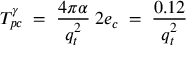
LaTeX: T _ { p c } ^ { \gamma } \; = \; \frac { 4 \pi \alpha } { q _ { t } ^ { 2 } } \: 2 e _ { c } \; = \; \frac { 0 . 1 2 } { q _ { t } ^ { 2 } }